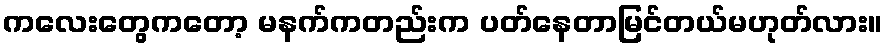
ကလေးတွေကတော့ မနက်ကတည်းက ပတ်နေတာမြင်တယ်မဟုတ်လား။